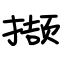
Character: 撷